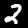
Label: 2